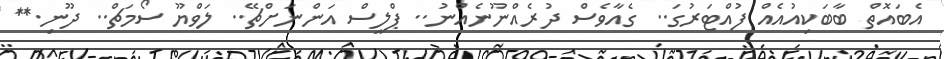
އެބައޮތް ބާބަކިއުއެއް ފުއްޓަރުގަ.. ގެއާވެސް ދުރެއްނޫނެއްނު.. ޕްލީސް އަންނަށްޗޭ.. ލަވްޔޫ ސޯމަޗް.. ދޫނި.**